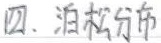
四、泊松分布